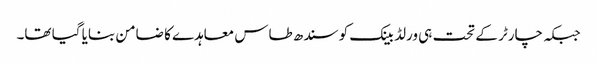
جبکہ چارٹر کے تحت ہی ورلڈ بینک کو سندھ طاس معاہدے کا ضامن بنایا گیا تھا۔